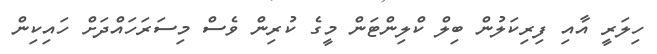
ހިލަރީ އާއި ފިރިކަލުން ބިލް ކްލިންޓަން މީގެ ކުރިން ވެސް މިސަރަހައްދަށް ހައިކިން